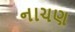
નાચણ